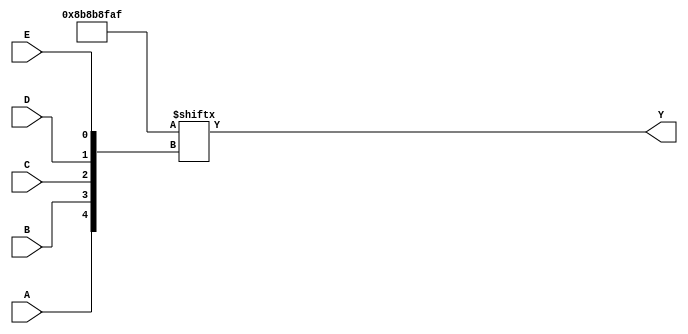
module five_variable_kmap (
    input wire A,  // Input variable A
    input wire B,  // Input variable B
    input wire C,  // Input variable C
    input wire D,  // Input variable D
    input wire E,  // Input variable E
    output wire Y  // Output signal
);

// Internal wire to represent the K-map
wire [31:0] kmap;

// Define the K-map based on the specific minterms.
// For example, if the output is 1 for minterms 0, 1, 2, 3, 5, 7, 8, 9, 10, 11, 15, 16, 17, 19, 23, 24, 25, 27, 31,
// you would set those bits in the kmap to 1.
assign kmap[0]  = 1;  // m0
assign kmap[1]  = 1;  // m1
assign kmap[2]  = 1;  // m2
assign kmap[3]  = 1;  // m3
assign kmap[4]  = 0;  // m4
assign kmap[5]  = 1;  // m5
assign kmap[6]  = 0;  // m6
assign kmap[7]  = 1;  // m7
assign kmap[8]  = 1;  // m8
assign kmap[9]  = 1;  // m9
assign kmap[10] = 1;  // m10
assign kmap[11] = 1;  // m11
assign kmap[12] = 0;  // m12
assign kmap[13] = 0;  // m13
assign kmap[14] = 0;  // m14
assign kmap[15] = 1;  // m15
assign kmap[16] = 1;  // m16
assign kmap[17] = 1;  // m17
assign kmap[18] = 0;  // m18
assign kmap[19] = 1;  // m19
assign kmap[20] = 0;  // m20
assign kmap[21] = 0;  // m21
assign kmap[22] = 0;  // m22
assign kmap[23] = 1;  // m23
assign kmap[24] = 1;  // m24
assign kmap[25] = 1;  // m25
assign kmap[26] = 0;  // m26
assign kmap[27] = 1;  // m27
assign kmap[28] = 0;  // m28
assign kmap[29] = 0;  // m29
assign kmap[30] = 0;  // m30
assign kmap[31] = 1;  // m31

// Determine the index of the K-map based on the input variables
wire [4:0] index;
assign index = {A, B, C, D, E};

// Output logic based on the K-map
assign Y = kmap[index];

endmodule